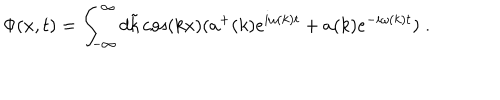
\Phi ( x , t ) = \int _ { - \infty } ^ { \infty } d \tilde { k } \cos ( k x ) ( a ^ { + } ( k ) e ^ { i \omega ( k ) t } + a ( k ) e ^ { - i \omega ( k ) t } ) \; .